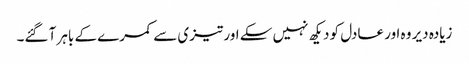
زیادہ دیر وہ اور عادل کو دیکھ نہیں سکے اور تیزی سے کمرے کے باہر آ گئے۔